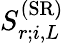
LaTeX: {S}_{r;i,L}^{(\mathrm{SR})}